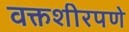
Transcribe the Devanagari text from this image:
वक्तशीरपणे